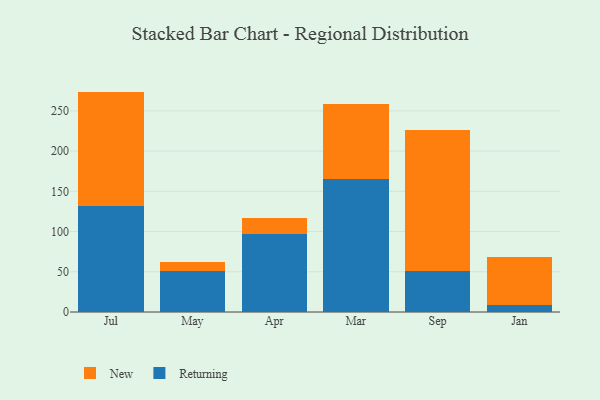
{"axis": {"x": "Month", "y": "Headcount"}, "legend": ["New", "Returning"], "data": [{"x": "Jul", "y": 132.3, "type": "Returning"}, {"x": "Jul", "y": 141.6, "type": "New"}, {"x": "May", "y": 51.0, "type": "Returning"}, {"x": "May", "y": 10.8, "type": "New"}, {"x": "Apr", "y": 96.6, "type": "Returning"}, {"x": "Apr", "y": 20.6, "type": "New"}, {"x": "Mar", "y": 164.8, "type": "Returning"}, {"x": "Mar", "y": 93.1, "type": "New"}, {"x": "Sep", "y": 51.2, "type": "Returning"}, {"x": "Sep", "y": 174.7, "type": "New"}, {"x": "Jan", "y": 8.4, "type": "Returning"}, {"x": "Jan", "y": 59.7, "type": "New"}]}